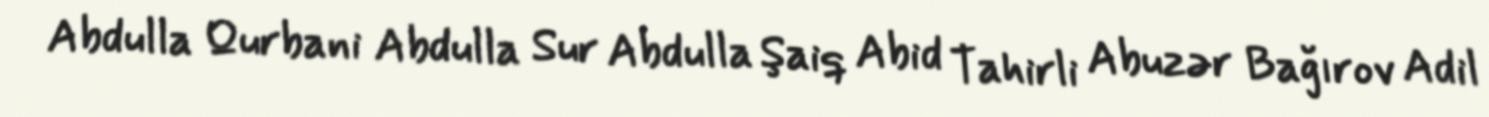
Abdulla Qurbani Abdulla Sur Abdulla Şaiq Abid Tahirli Abuzər Bağırov Adil